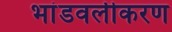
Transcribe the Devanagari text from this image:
भांडवलीकरण